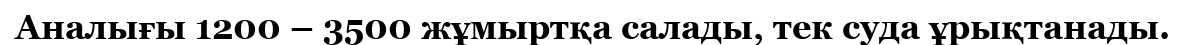
Аналығы 1200 – 3500 жұмыртқа салады, тек суда ұрықтанады.